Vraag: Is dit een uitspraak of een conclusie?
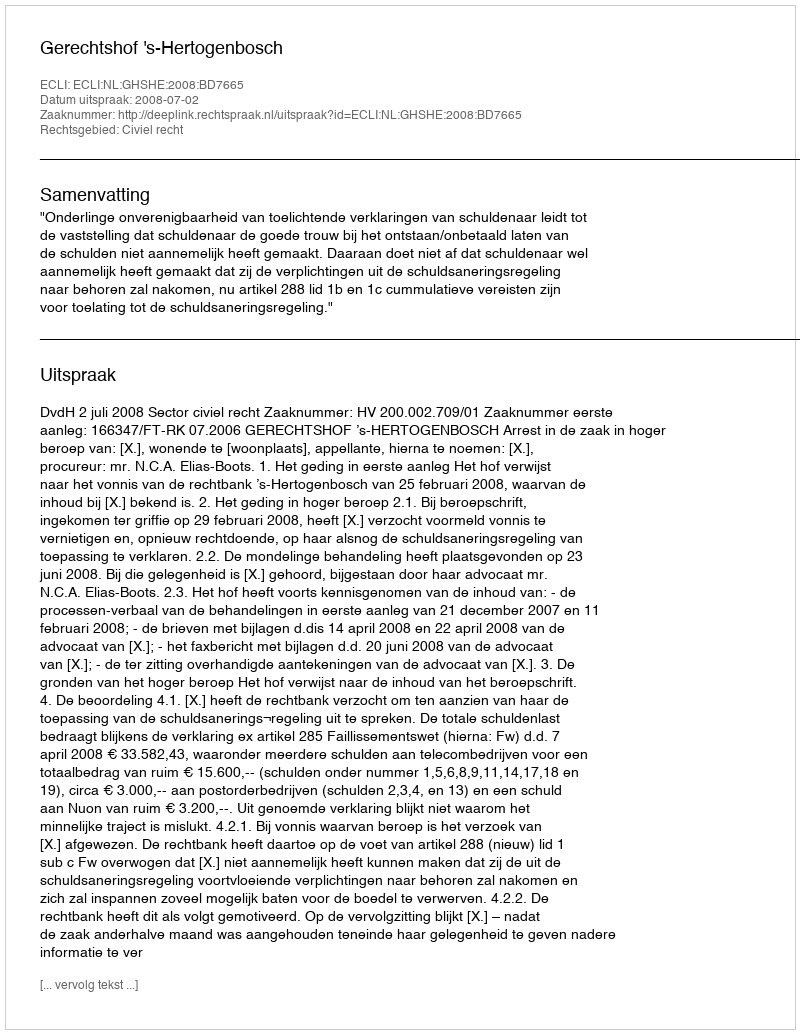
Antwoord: Uitspraak